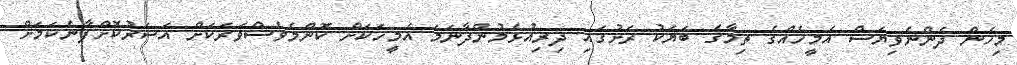
މިހެން ދެންނެވިޔަސް އެމީހެއްގެ ތިމާގެ ބަޔަކު ރަށުގައި ދިރިއުޅެމުންދާނަމަ އެމީހަކަށް ކޮންމެވެސްވަރަކަށް އަސަރުކޮށްފާނެކަމަށް